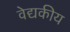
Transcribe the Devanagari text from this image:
वेद्यकीय